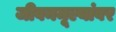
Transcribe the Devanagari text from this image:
जीवनमूल्यांवर